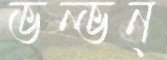
ভন্‌ভন্‌